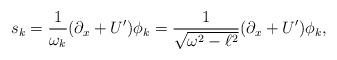
LaTeX: \begin{align*} s_k=\frac{1}{\omega_k}(\partial_x+U{'})\phi_k =\frac{1}{\sqrt{\omega^2-\ell^2}}(\partial_x+U{'})\phi_k,\end{align*}